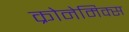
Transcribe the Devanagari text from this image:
क्रोनेमिक्स